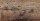
مرجع